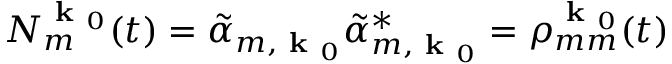
N _ { m } ^ { \textbf { k } _ { 0 } } ( t ) = \tilde { \alpha } _ { m , \textbf { k } _ { 0 } } \tilde { \alpha } _ { m , \textbf { k } _ { 0 } } ^ { * } = \rho _ { m m } ^ { \textbf { k } _ { 0 } } ( t )